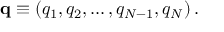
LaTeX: \mathbf { q } \equiv \left( q _ { 1 } , q _ { 2 } , \ldots , q _ { N - 1 } , q _ { N } \right) .